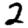
Digit: 2